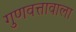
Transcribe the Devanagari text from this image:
गुणवत्तावाला